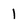
Character: 1